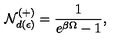
{ \cal N } _ { d ( \epsilon ) } ^ { ( + ) } = \frac { 1 } { e ^ { \beta \Omega } - 1 } ,